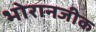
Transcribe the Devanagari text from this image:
भोरानजीक